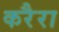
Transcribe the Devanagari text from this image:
करैरा